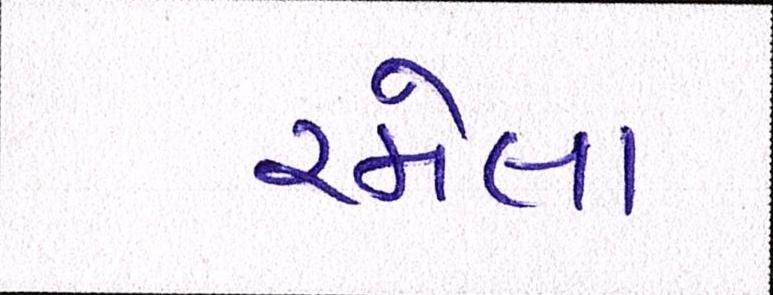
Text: રમેલા